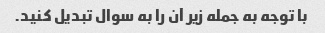
با توجه به جمله زیر آن را به سوال تبدیل کنید.